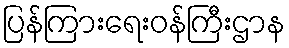
ပြန်ကြားရေးဝန်ကြီးဌာန